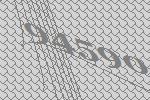
94590